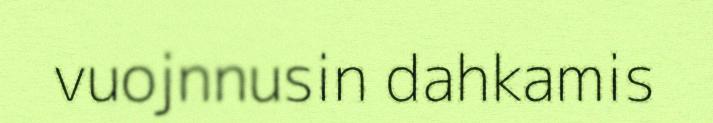
vuojnnusin dahkamis